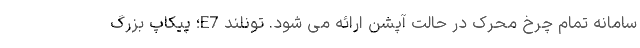
سامانه تمام چرخ محرک در حالت آپشن ارائه می شود. تونلند E7؛ پیکاپ بزرگ